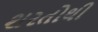
શરતોથી